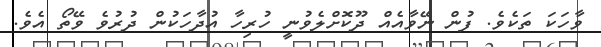
ވާހަކަ ތަކެވެ. ފުން ނޭވާއެއް ދޫކޮށްލެވުނީ ހުރިހާ އުދާހަކުން ދުރުވެ ވޭތޯ އެވެ.